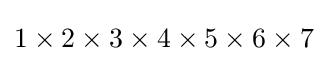
1\times 2\times 3\times 4\times 5\times 6\times 7